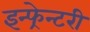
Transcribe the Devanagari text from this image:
इन्फ्रेन्टरी